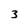
Character: 3